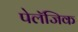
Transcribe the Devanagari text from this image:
पेलॅजिक